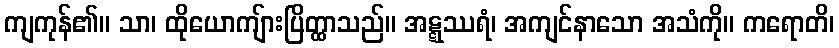
ကျကုန်၏။ သာ၊ ထိုယောကျ်ားပြိတ္ထာသည်။ အဋ္ဋဿရံ၊ အကျင်နာသော အသံကို။ ကရောတိ၊